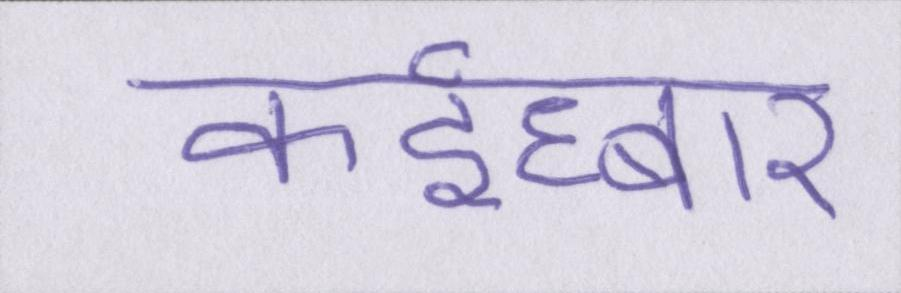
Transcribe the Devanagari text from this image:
कईघ्बार